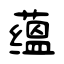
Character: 蕴